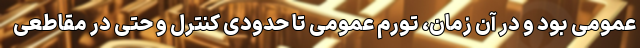
عمومی بود و در آن زمان، تورم عمومی تا حدودی کنترل و حتی در مقاطعی